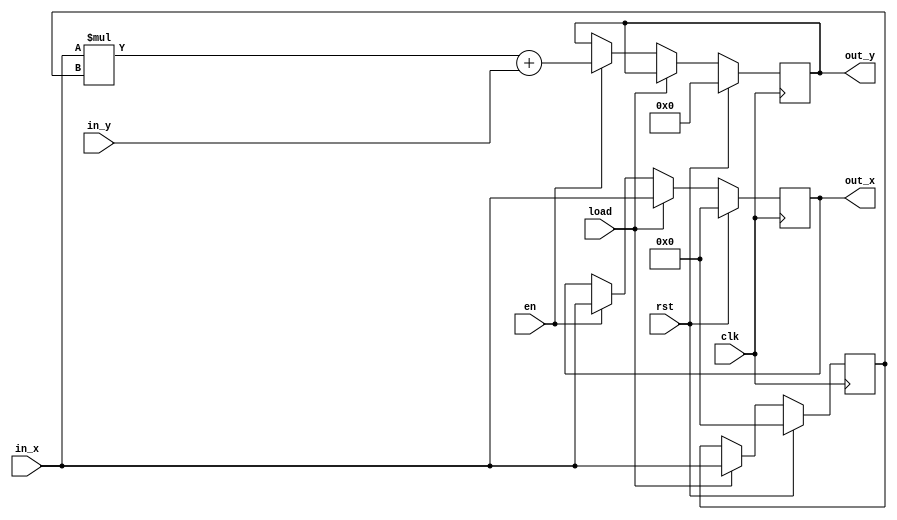
`timescale 1ns / 1ps
//////////////////////////////////////////////////////////////////////////////////
// Company: 
// Engineer: 
// 
// Design Name: 
// Module Name: madd_pe
// Project Name: 
// Target Devices: 
// Tool Versions: 
// Description: 
// 
// Dependencies: 
// 
// Revision:
// Revision 0.01 - File Created
// Additional Comments:
// 
//////////////////////////////////////////////////////////////////////////////////

module madd_pe
#(
    parameter BW = 16
)
(
    input clk,
    input rst,
    // signal to load multiplier
    input load,
    input en,
    input signed [BW-1:0] in_x,
    input signed [BW-1:0] in_y,
    // x direction: shift one multiplicand to the right
    output signed [BW-1:0] out_x,
    // y direction: multiplication output
    output signed [BW*2:0] out_y
);

reg signed[BW-1:0] reg_a;
reg signed[BW-1:0] reg_b;
reg signed[2*BW:0] reg_res;

assign out_x = reg_a;
assign out_y = reg_res;

always@(posedge clk)begin
    if(rst) begin
        reg_a <= 0;
        reg_b <= 0;
        reg_res <= 0;
    end
    else if(load) begin
//  load multipliers
        reg_a <= in_x;
        reg_b <= in_x;
    end
    else if(en) begin
        reg_a <= in_x;
        reg_res <= in_x * reg_b + in_y;
    end
end
endmodule